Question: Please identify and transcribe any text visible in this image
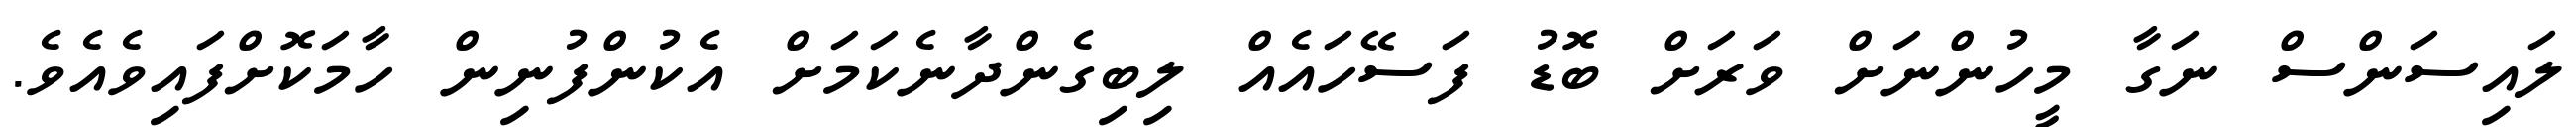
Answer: ލައިސަންސް ނަގާ މީހުންނަށް ވަރަށް ބޮޑު ފަސޭހައެއް ލިބިގެންދާނެކަމަށް އެކުންފުނިން ހާމަކޮށްފައިވެއެވެ.